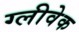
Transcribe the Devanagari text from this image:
ग्लीवेक